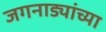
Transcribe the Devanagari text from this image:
जगनाड्यांच्या